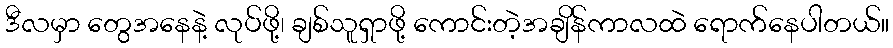
ဒီလမှာ တွေအနေနဲ့ လုပ်ဖို့၊ ချစ်သူရှာဖို့ ကောင်းတဲ့အချိန်ကာလထဲ ရောက်နေပါတယ်။